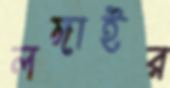
লঙ্গাইর